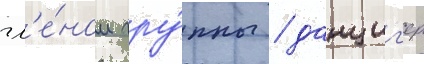
чл'е́ном гру́ппы / данциг'ер